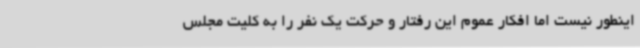
اینطور نیست اما افکار عموم این رفتار و حرکت یک نفر را به کلیت مجلس